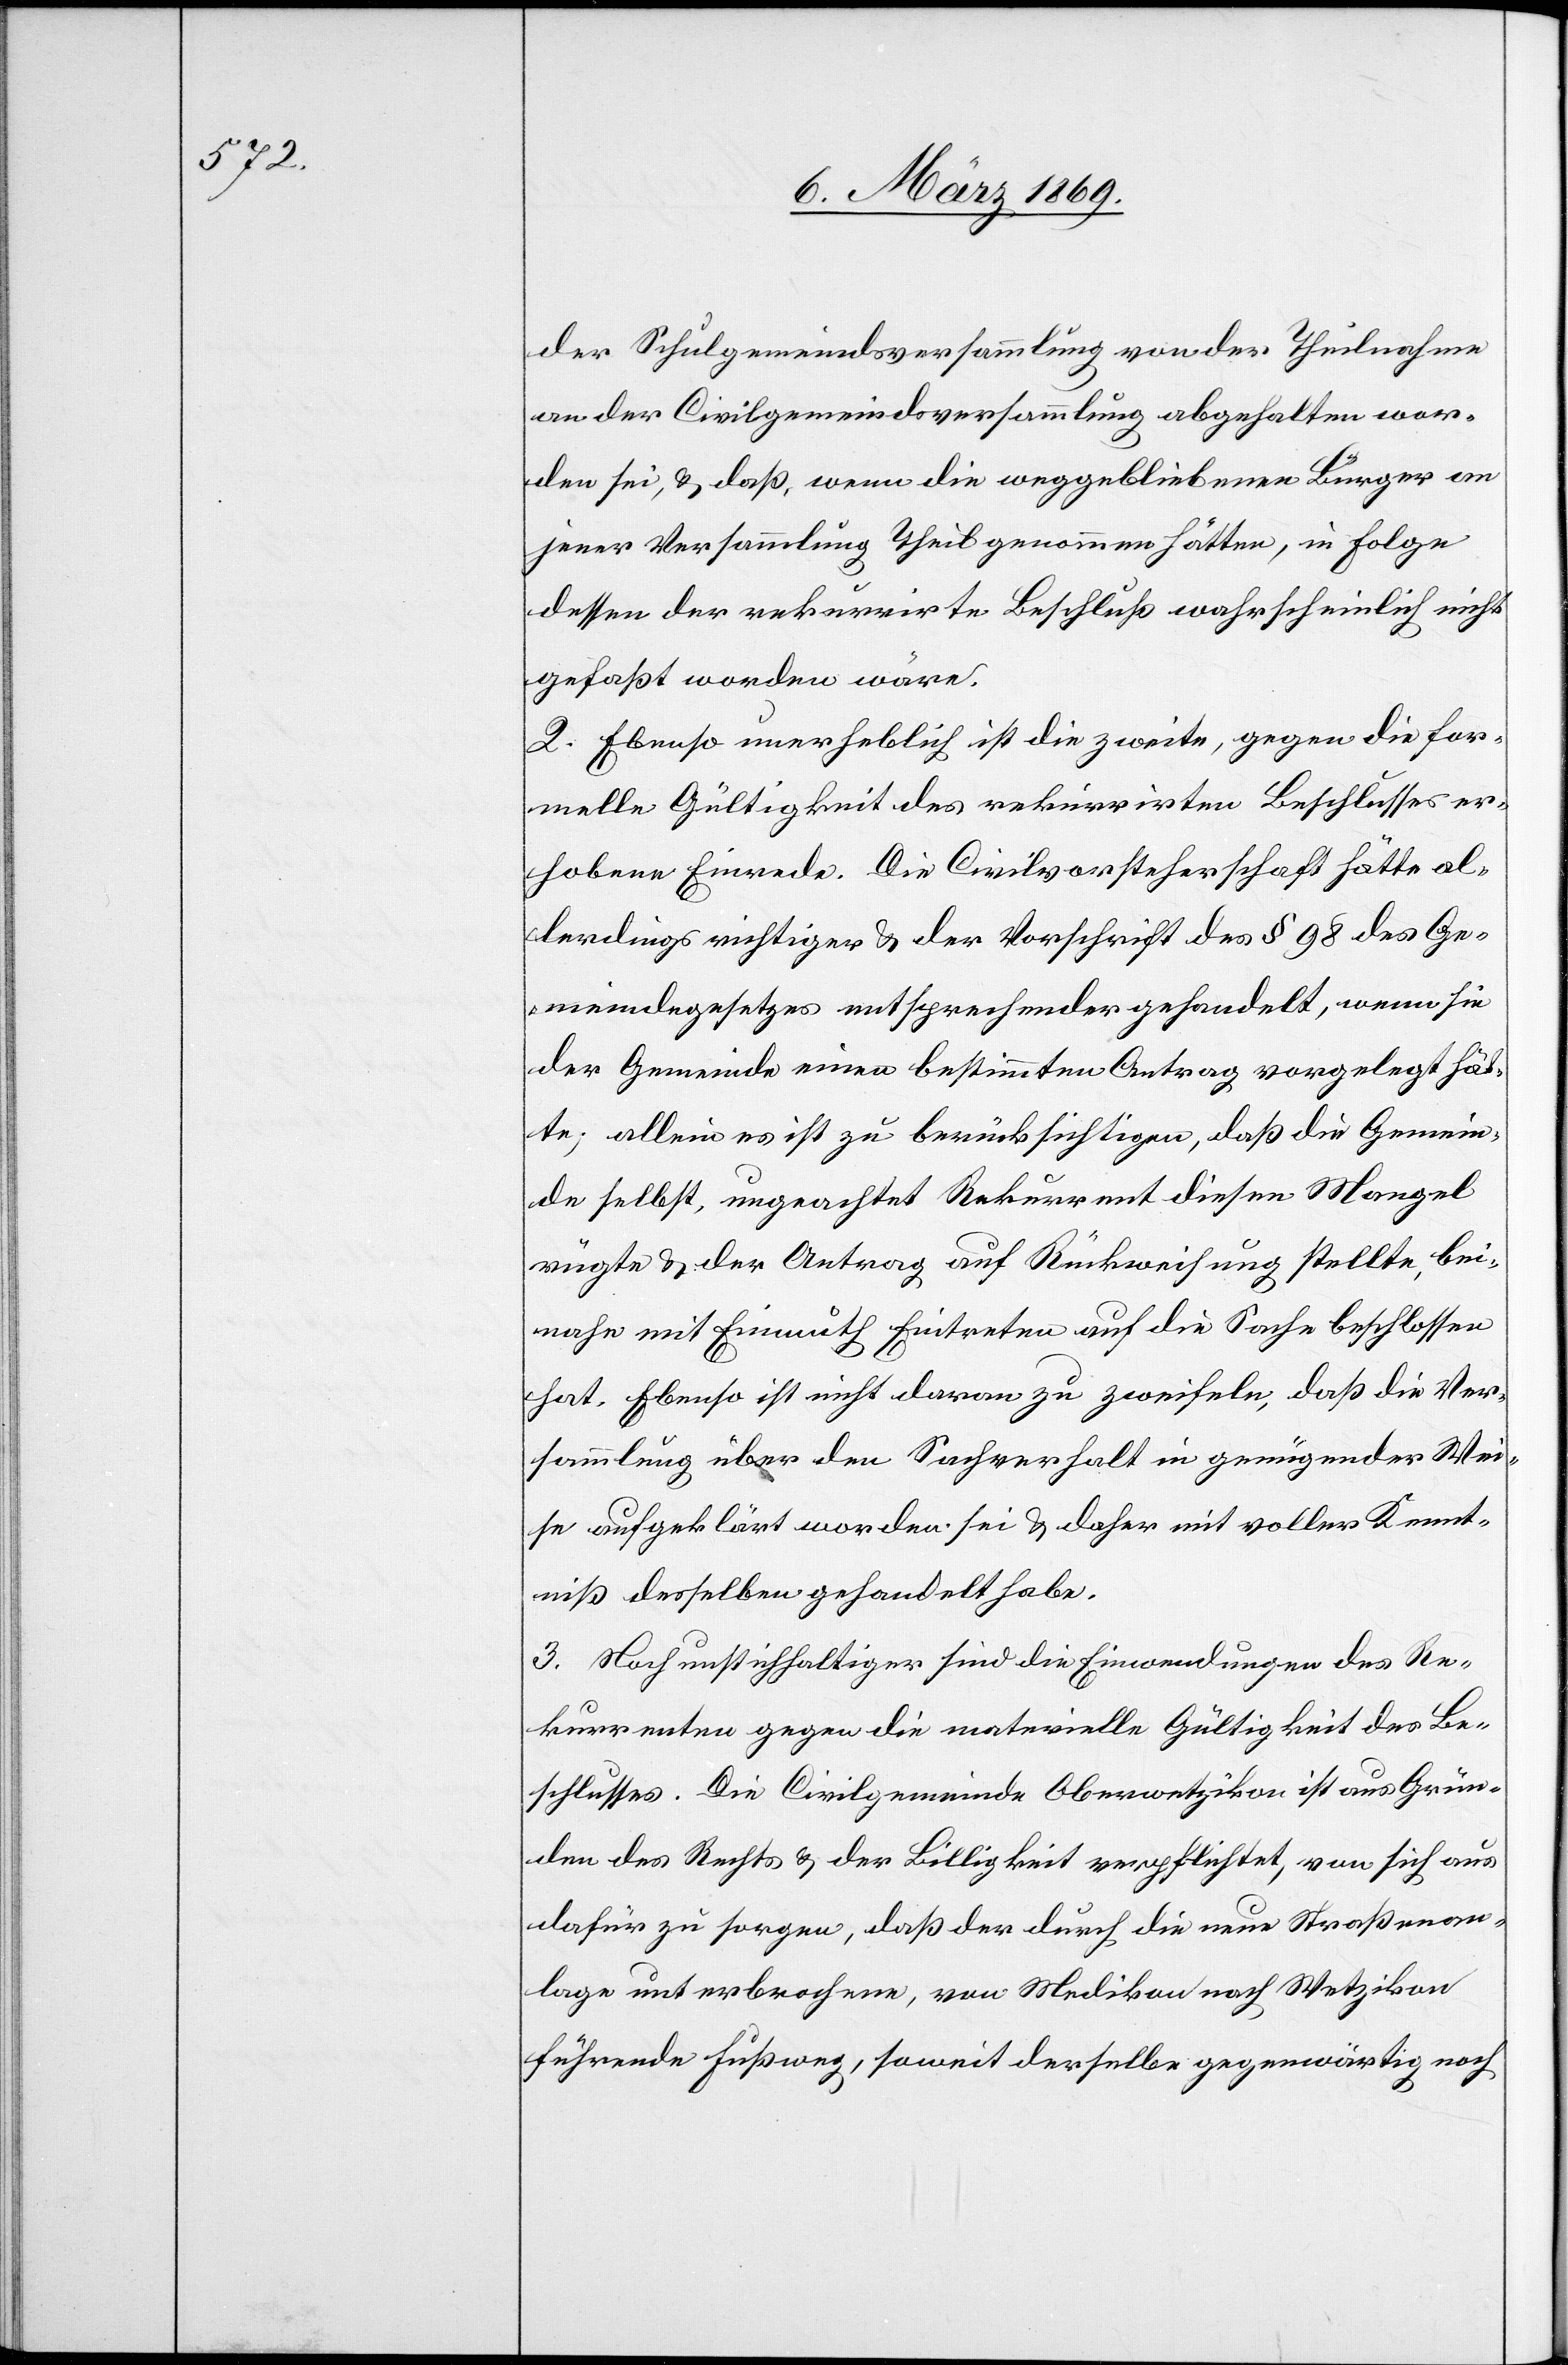
der Schulgemeindsversammlung von der Theilnahme
an der Civilgemeindsversammlung abgehalten wor¬
den sei, & daß, wenn die weggebliebenen Bürger an
jener Versammlung Theil genommen hätten, in Folge
dessen der rekurrirte Beschluß wahrscheinlich nicht
gefaßt worden wäre.
2. Ebenso unerheblich ist die zweite, gegen die for¬
melle Gültigkeit des rekurrirten Beschlusses er¬
hobene Einrede. Die Civilvorsteherschaft hätte al¬
lerdings richtiger & der Vorschrift des § 98 des Ge¬
meindegesetzes entsprechender gehandelt, wenn sie
der Gemeinde einen bestimmten Antrag vorgelegt hät¬
te; allein ist zu berücksichtigen, daß die Gemein¬
de selbst, ungeachtet Rekurrent diesen Mangel
rügte & der Antrag auf Rückweisung stellte, bei¬
nahe mit Einmuth Eintreten auf die Sache beschlossen
hat. Ebenso ist nicht daran zu zweifeln, daß die Ver¬
sammlung über den Sachverhalt in genügender Wei¬
se aufgeklärt worden sei & daher mit voller Kennt¬
niß desselben gehandelt habe.
3. Noch unstichhaltiger sind die Einwendungen des Re¬
kurrenten gegen die materielle Gültigkeit des Be¬
schlusses. Die Civilgemeinde Oberwetzikon ist aus Grün¬
den des Rechts & der Billigkeit verpflichtet, von sich aus
dafür zu sorgen, daß der durch die neue Straßenan¬
lage unterbrochene, von Medikon nach Wetzikon
führende Fußweg, soweit derselbe gegenwärtig noch